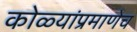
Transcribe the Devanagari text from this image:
कोळ्यांप्रमाणेच